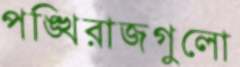
পঙ্খিরাজগুলো